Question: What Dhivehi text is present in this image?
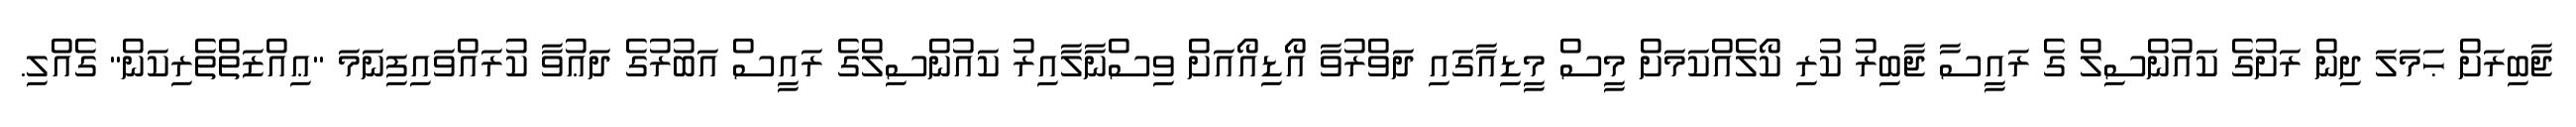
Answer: ޖާބިރަށް ޙަމަލަ ދިން ރަށުގެ ކައުންސިލް ގެ ރައީސާ ޖާބިރު ކުރި ކޯލެއްކަމަށް މީސް މީޑިއާގައި ދަވްރުވާ އޯޑިއޯއަށް ވިސްނާލާއިރު ކައުންސިލްގެ ރައީސް އަބުރުގެ ދަޢުވާ ކުރައްވައިފިނަމަ "ޢިއްޒަތްތެރިކަން" ގެއްލި.